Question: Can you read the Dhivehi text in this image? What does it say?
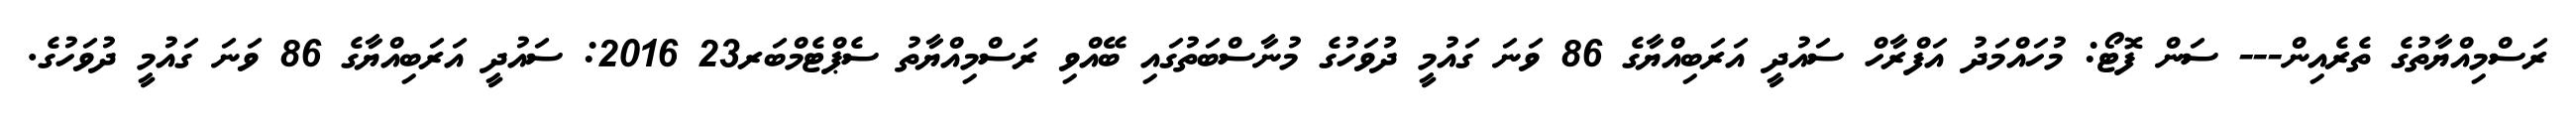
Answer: ރަސްމިއްޔާތުގެ ތެރެއިން--- ސަން ފޮޓޯ: މުހައްމަދު އަފްރާހް ސައުދީ އަރަބިއްޔާގެ 86 ވަނަ ގައުމީ ދުވަހުގެ މުނާސްބަތުގައި ބޭއްވި ރަސްމިއްޔާތު ސެޕްޓެމްބަރ23 2016: ސައުދީ އަރަބިއްޔާގެ 86 ވަނަ ގައުމީ ދުވަހުގެ.